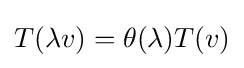
T(\lambda v)=\theta (\lambda )T(v)